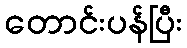
တောင်းပန်ပြီး